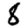
Digit: 8